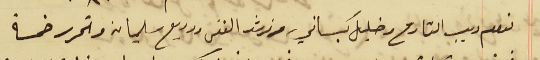
نعوم ديب القارح وخليل كبساني ونرشد الفتى ووديع سليمان وتحرر خمسة